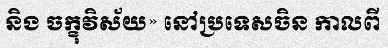
និង ចក្ខុវិស័យ» នៅប្រទេសចិន កាលពី